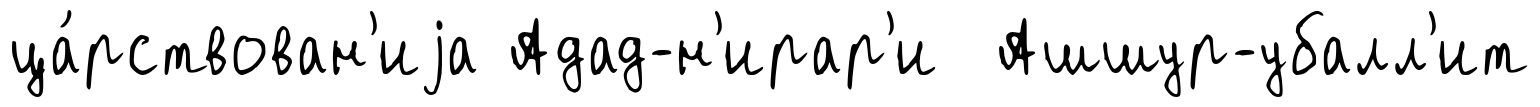
ца́рствован'иjа Адад-н'ирар'и Ашшур-убалл'ит